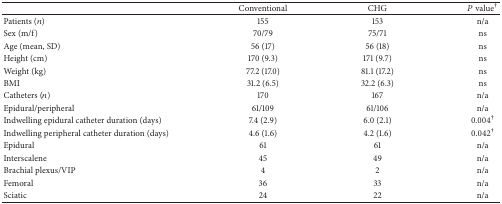
|  | Conventional | CHG | P value† |
 | --- | --- | --- | --- |
 | Patients (n) | 155 | 153 | n/a |
 | Sex (m/f) | 70/79 | 75/71 | ns |
 | Age (mean, SD) | 56 (17) | 56 (18) | ns |
 | Height (cm) | 170 (9.3) | 171 (9.7) | ns |
 | Weight (kg) | 77.2 (17.0) | 81.1 (17.2) | ns |
 | BMI | 31.2 (6.5) | 32.2 (6.3) | ns |
 | Catheters (n) | 170 | 167 | n/a |
 | Epidural/peripheral | 61/109 | 61/106 | n/a |
 | Indwelling epidural catheter duration (days) | 7.4 (2.9) | 6.0 (2.1) | 0.004† |
 | Indwelling peripheral catheter duration (days) | 4.6 (1.6) | 4.2 (1.6) | 0.042† |
 | Epidural | 61 | 61 | n/a |
 | Interscalene | 45 | 49 | n/a |
 | Brachial plexus/VIP | 4 | 2 | n/a |
 | Femoral | 36 | 33 | n/a |
 | Sciatic | 24 | 22 | n/a |